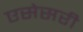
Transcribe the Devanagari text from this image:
एसेसरी